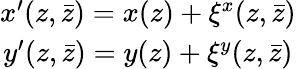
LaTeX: \begin{array}{c}{{x^{\prime}(z,\bar{z})=x(z)+\xi^{x}(z,\bar{z})}}\\ {{y^{\prime}(z,\bar{z})=y(z)+\xi^{y}(z,\bar{z})}}\end{array}